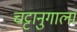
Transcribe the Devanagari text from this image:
चट्टानुगाला